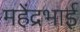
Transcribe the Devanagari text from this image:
महेंद्रभाई